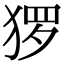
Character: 猡